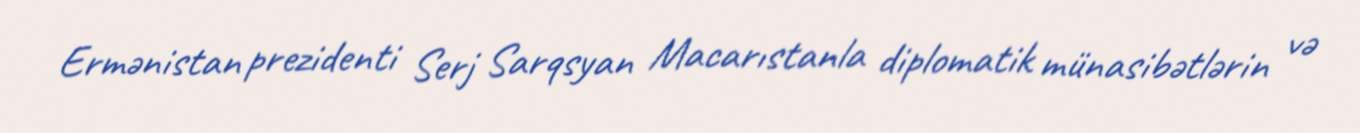
Ermənistan prezidenti Serj Sarqsyan Macarıstanla diplomatik münasibətlərin və